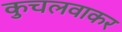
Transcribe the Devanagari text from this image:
कुचलवाकर